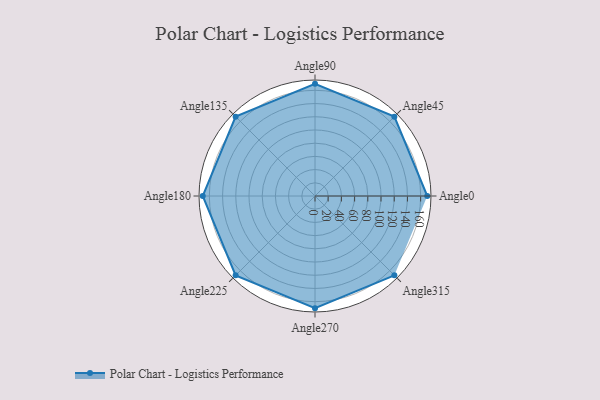
{"axis": {"x": "Angle", "y": "Radius"}, "legend": [""], "data": [{"x": "Angle0", "y": 170, "type": ""}, {"x": "Angle45", "y": 170, "type": ""}, {"x": "Angle90", "y": 170, "type": ""}, {"x": "Angle135", "y": 170, "type": ""}, {"x": "Angle180", "y": 170, "type": ""}, {"x": "Angle225", "y": 170, "type": ""}, {"x": "Angle270", "y": 170, "type": ""}, {"x": "Angle315", "y": 170, "type": ""}]}